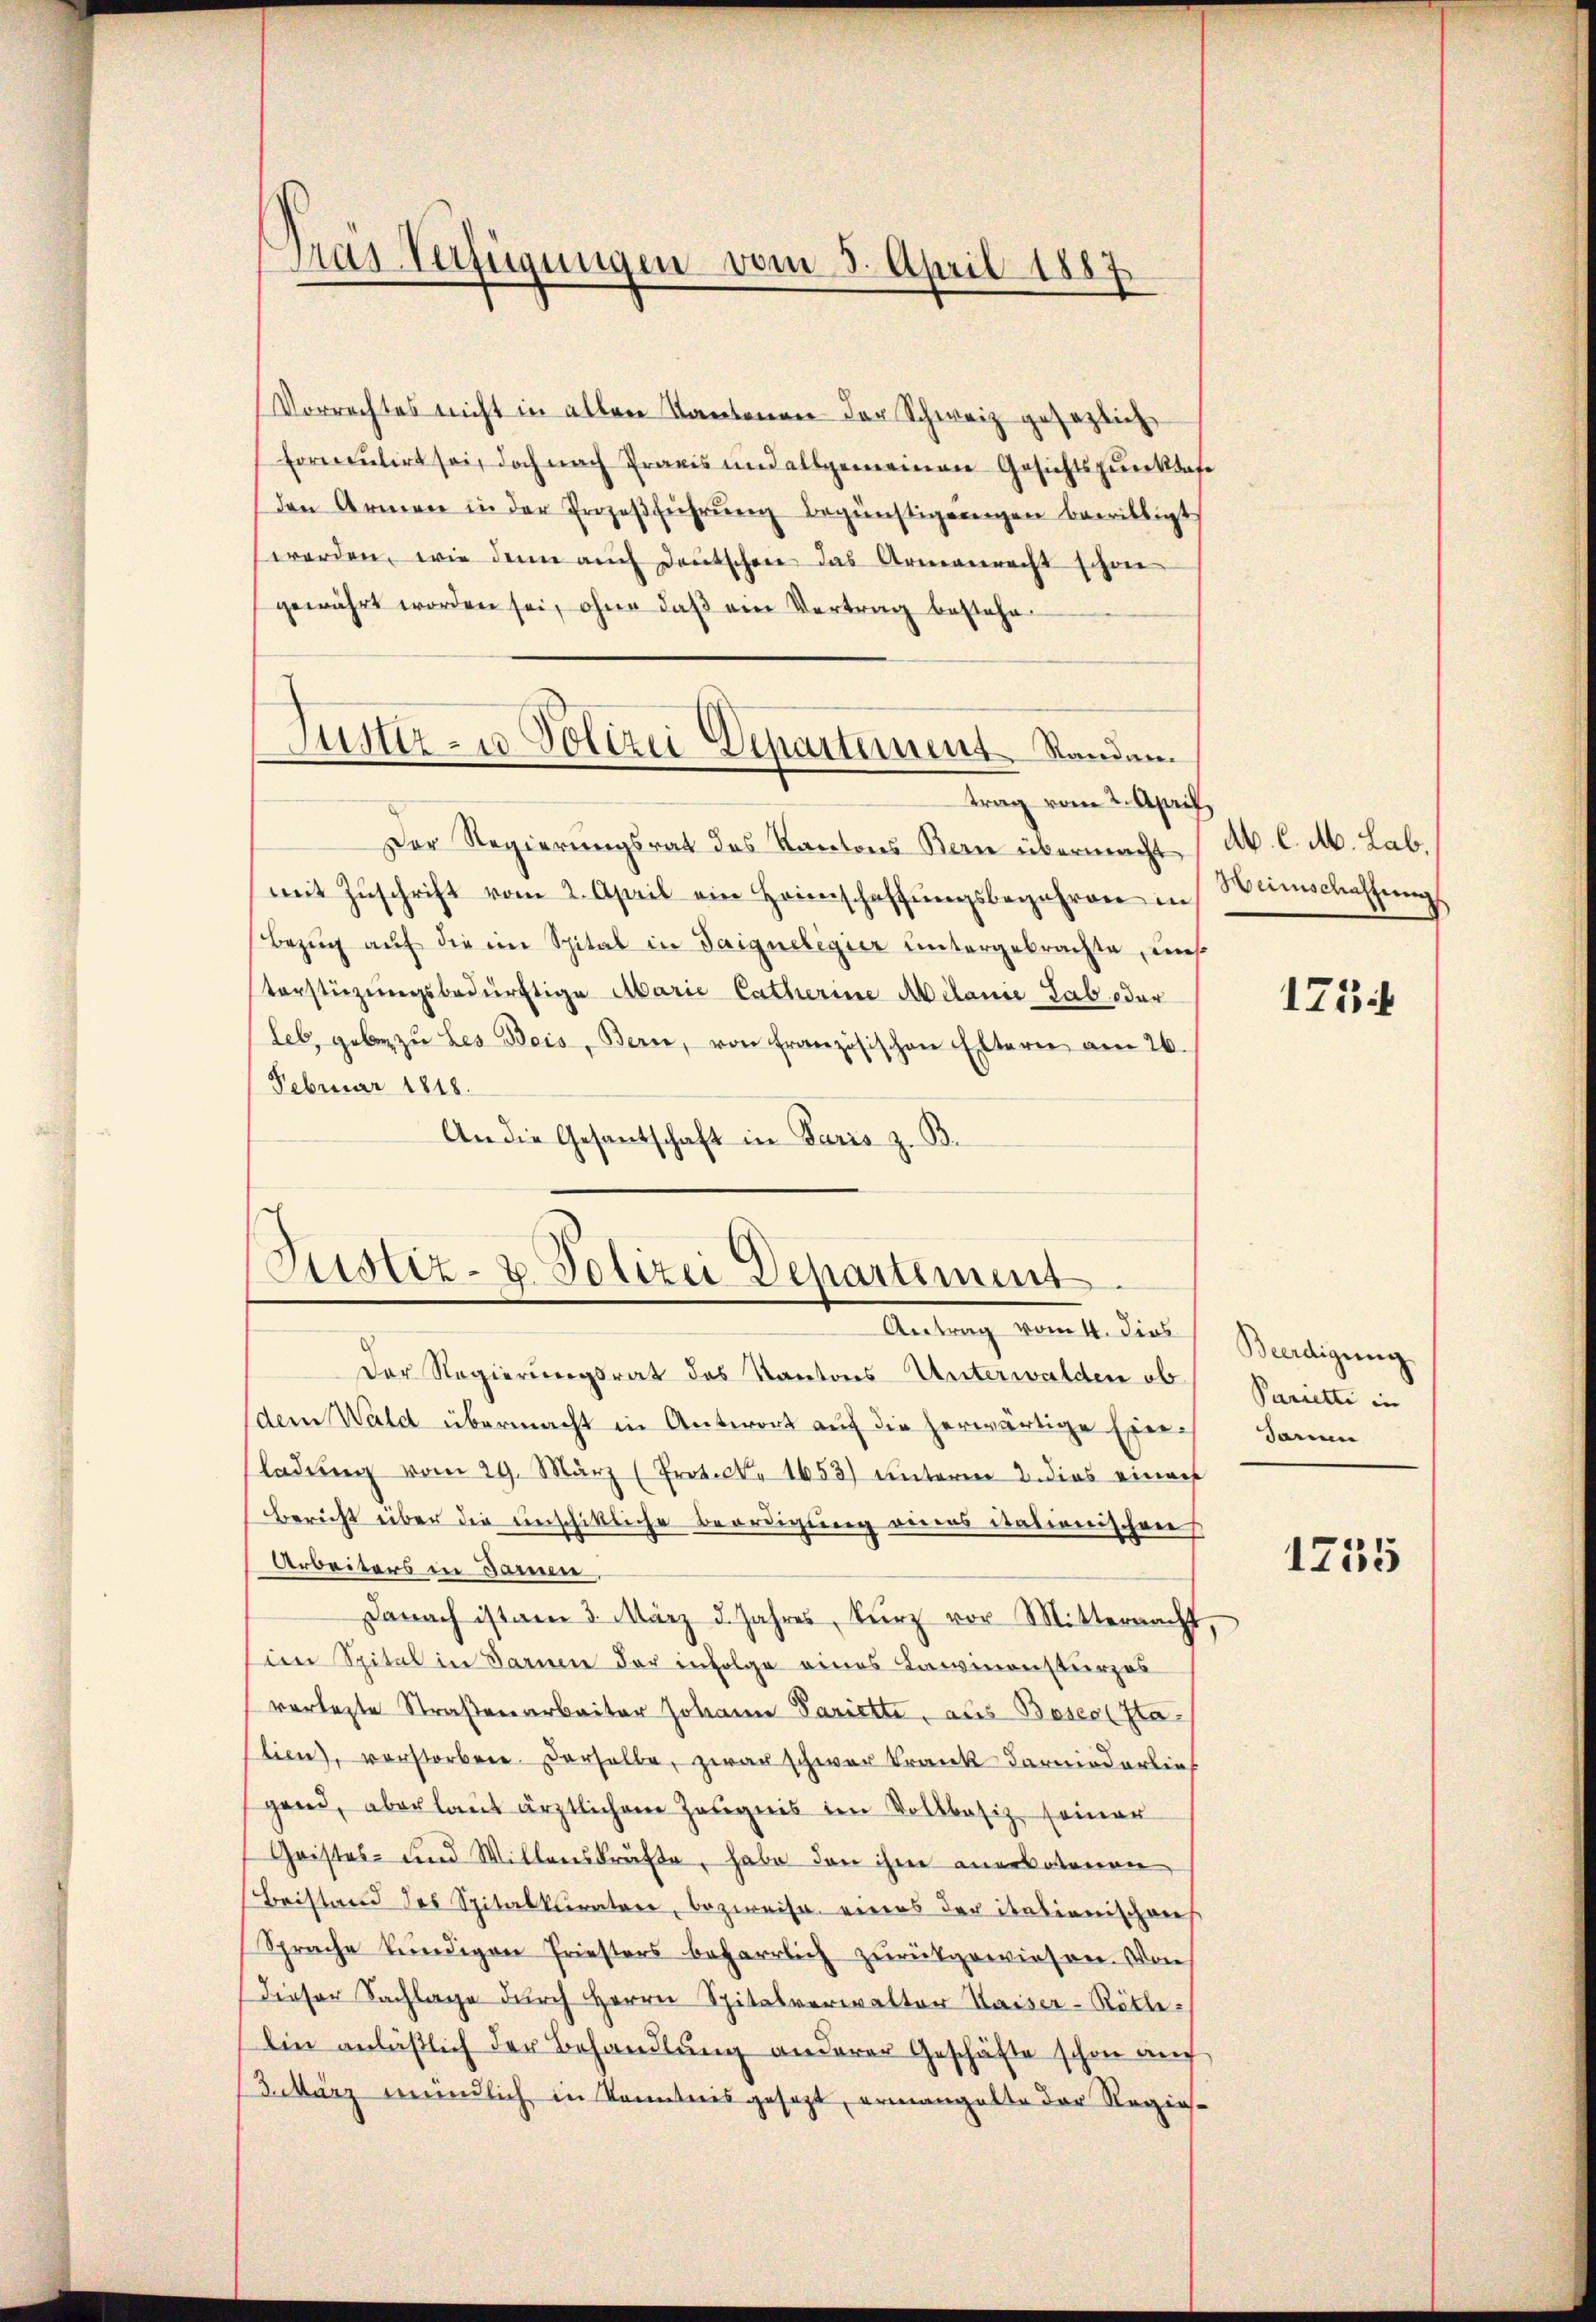
Pras-Verfügungen vom 3. April 1887

Vorrechtes nicht in allen Kantonen der Schweiz gesezlich
formulirt sei, doch nach Praxis und allgemeinen Gesichtspunktes
den Armen in der Erozeβführŭng begünstigungen bewilligt
werden, wie dann auch deutschen das Armeneracht schon
gewährt worden sei, ohne daβ ein Vertrag bestehe
Der Regierungsrat des Kantons Bern übermacht
mit Zŭschrift vom 2. April ein Heimschaffungsbegehren in
Bezug auf die im Spital in Saigueligier untergebrachte, uns
terstüzungsbedürftige Marie Catherine Milanie Lab, oder
leb, gebe zŭ des Beis, Bern, von Französischen Eltern am 26.
Februar 1818.
An die Gesantschaft in Paris z. B.

Justiz- u. Polizei Departement. Standen.
trag vom 2. April,

Justiz- u. Polizei Departement.
Antrag vom 11. dies

Der Regierungsrat des Kantons-Unterwalden ob Parietti in
dem Wald übermacht in Antwort auf die herwärtige Einladŭng vom 29. März (Protect. 1653) unterm 2. dies einach
Bericht über die einschittliche Beerdigung vieres dationischen
Arbeiters in Jammen,
Danach ist am 3. März d. Jahres Kurz vor Mitternacht,
im Spital in Darin der infolge eines Lawinensturzes
verlegte Straßenarbeiter Johann Pariette, aus Boses Stalien), verstorben derselbe, zwar schwer Krank Karniederlief
gend, aber laŭt ärztlichem Zeugnis im Vollbasiz seiner
Geistes- und Willenskräfte, habe dan ihm anerbotenen
Beistand des Spitalkuratore, bezweife eines der italienischens
Sprache kündigen Friesters beharrlich zŭrückgewiesen. Von
Dieser Sachlage durch Herrn Spitalverwalter Kaiser-Rötlelin anläßlich der Behandlung anderer Geschäfte schon auch
tärz mündlich in Kenntnis gesezt, ermangelte der Regie-

Ab. C. M. Lab.
Weinschaftung

173

Beerdigung
darm

1755